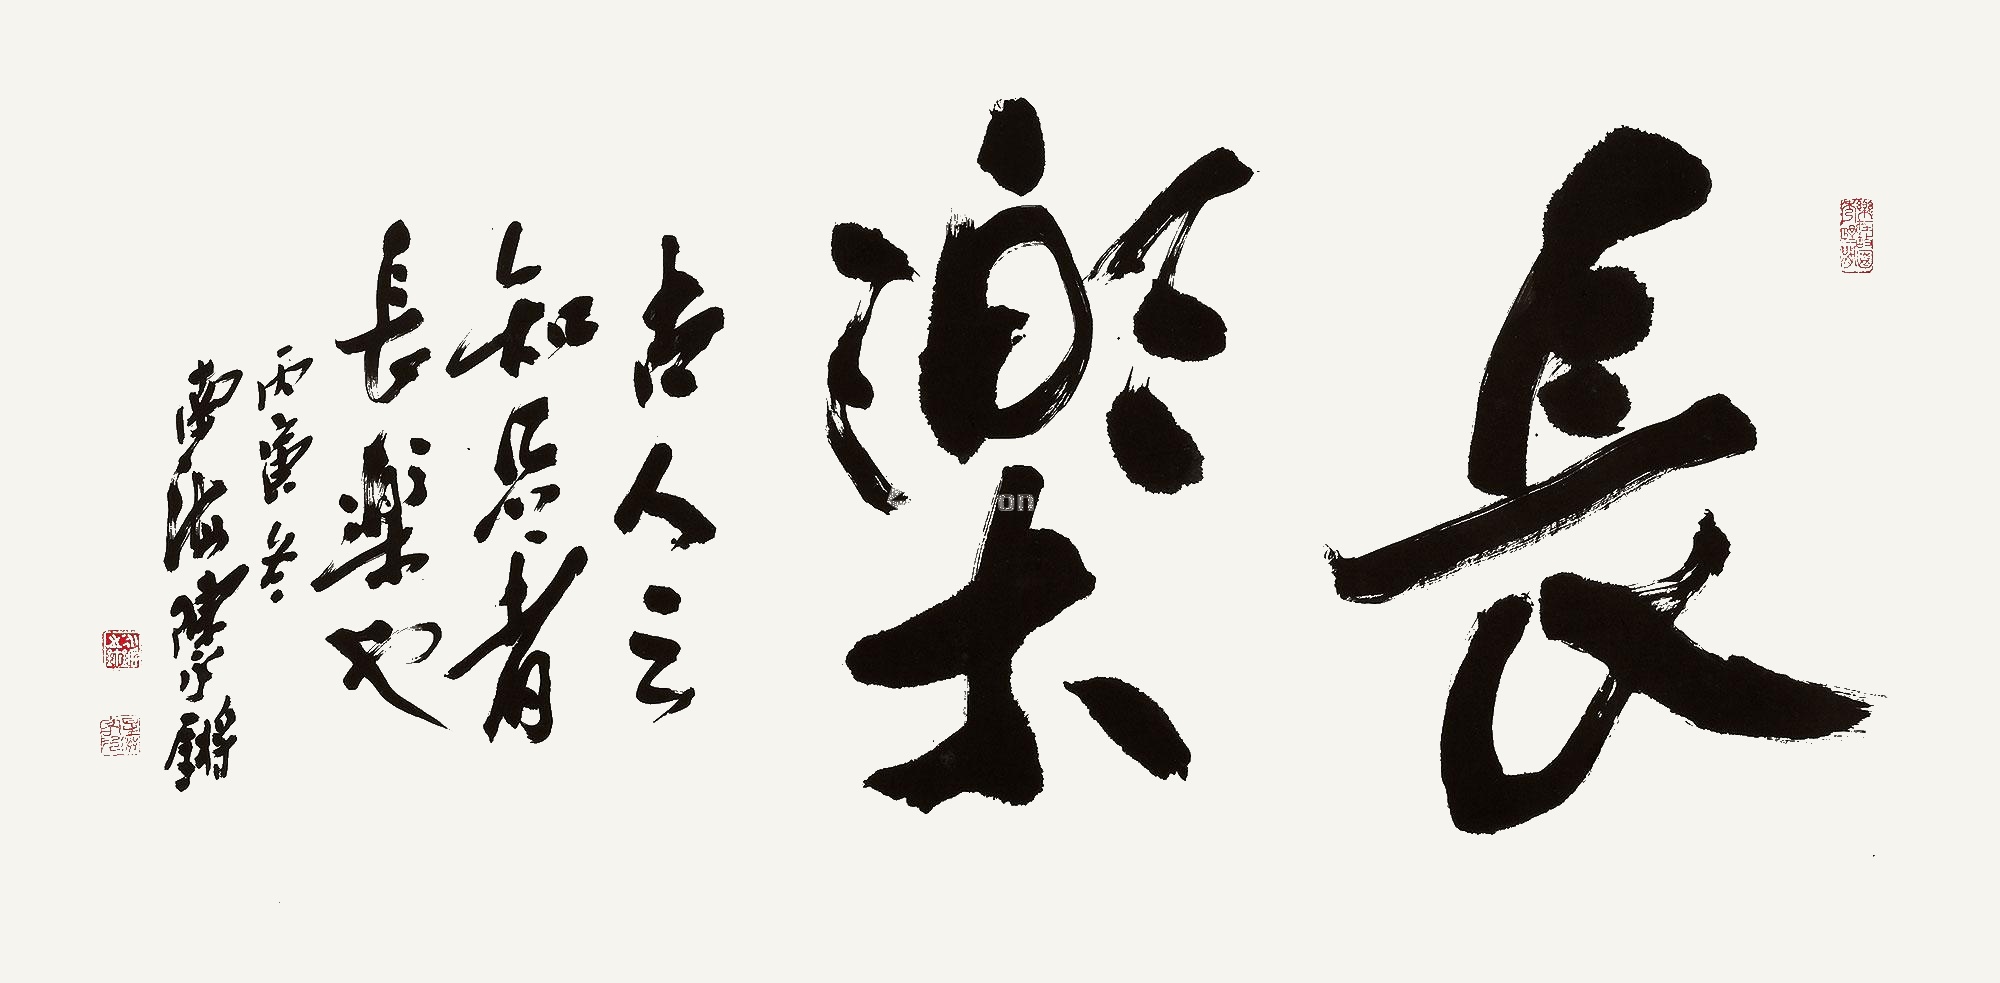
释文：长乐。古人云：知足者长乐也。丙寅冬，南海陈永锵。